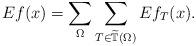
LaTeX: \begin{align*}Ef(x) = \sum_{\Omega}\sum_{T \in \widetilde{\mathbb T}(\Omega)} Ef_{T}(x).\end{align*}